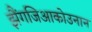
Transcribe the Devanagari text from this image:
झैंगजिआकोउनान